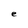
Character: e